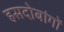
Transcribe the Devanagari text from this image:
हसदोबांगों